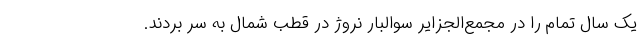
یک سال تمام را در مجمع‌الجزایر سوالبار نروژ در قطب شمال به سر بردند.